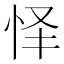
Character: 怿